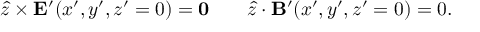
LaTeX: { \hat { z } } \times { \bf E } ^ { \prime } ( x ^ { \prime } , y ^ { \prime } , z ^ { \prime } = 0 ) = { \bf 0 } \; \; \; \; \; \; \; { \hat { z } } \cdot { \bf B } ^ { \prime } ( x ^ { \prime } , y ^ { \prime } , z ^ { \prime } = 0 ) = 0 .